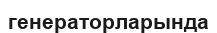
генераторларында